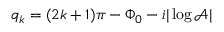
q _ { k } = ( 2 k + 1 ) \pi - \Phi _ { 0 } - i | \log \mathcal { A } |